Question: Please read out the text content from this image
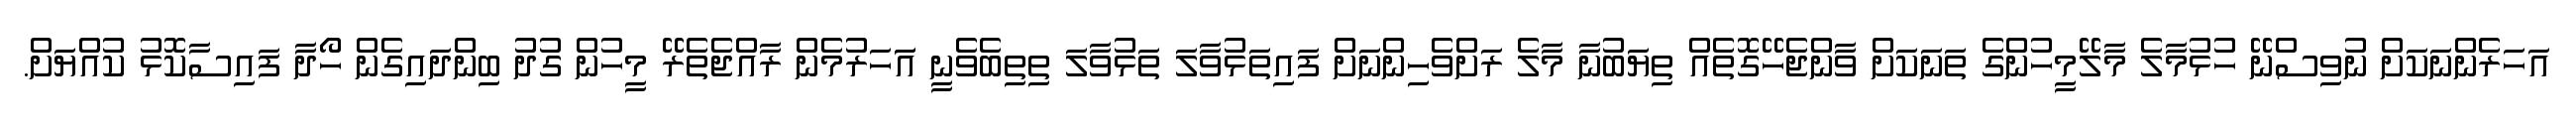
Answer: އަހަރެންނަކަށް ނުވިސްނޭ ހުޅުމާލެ މާލޭމީހުންގެ ތަނަކަށް ވާންޖެހޭގޮތެއް ތިޔަބުނާ މާލެ ރަށްވެހިންނަށް ފައިތަޅުވާލަ ތަޅުވާލަ ތިތިބެވެނީ އަަހަރުމެން ރާއްޖެތެރޭ މީހުން ގުދު ބިންދައިގެން ހޯދާ ފައިސާކޮޅު ކުއްޔަށް.